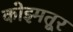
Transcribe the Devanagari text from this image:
कोइमतूर